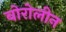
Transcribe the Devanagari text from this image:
बोरोलीन